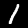
Label: 1